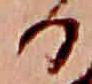
る